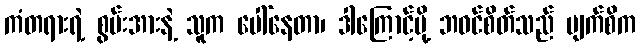
ကံတရားရဲ့ စွမ်းအားနဲ့ သူက ပေါ်နေတာ၊ ဒါကြောင့်မို့ ဘဝင်စိတ်သည် မျက်စိက